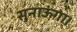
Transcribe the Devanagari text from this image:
सुनाऊंगा।